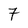
Character: 7